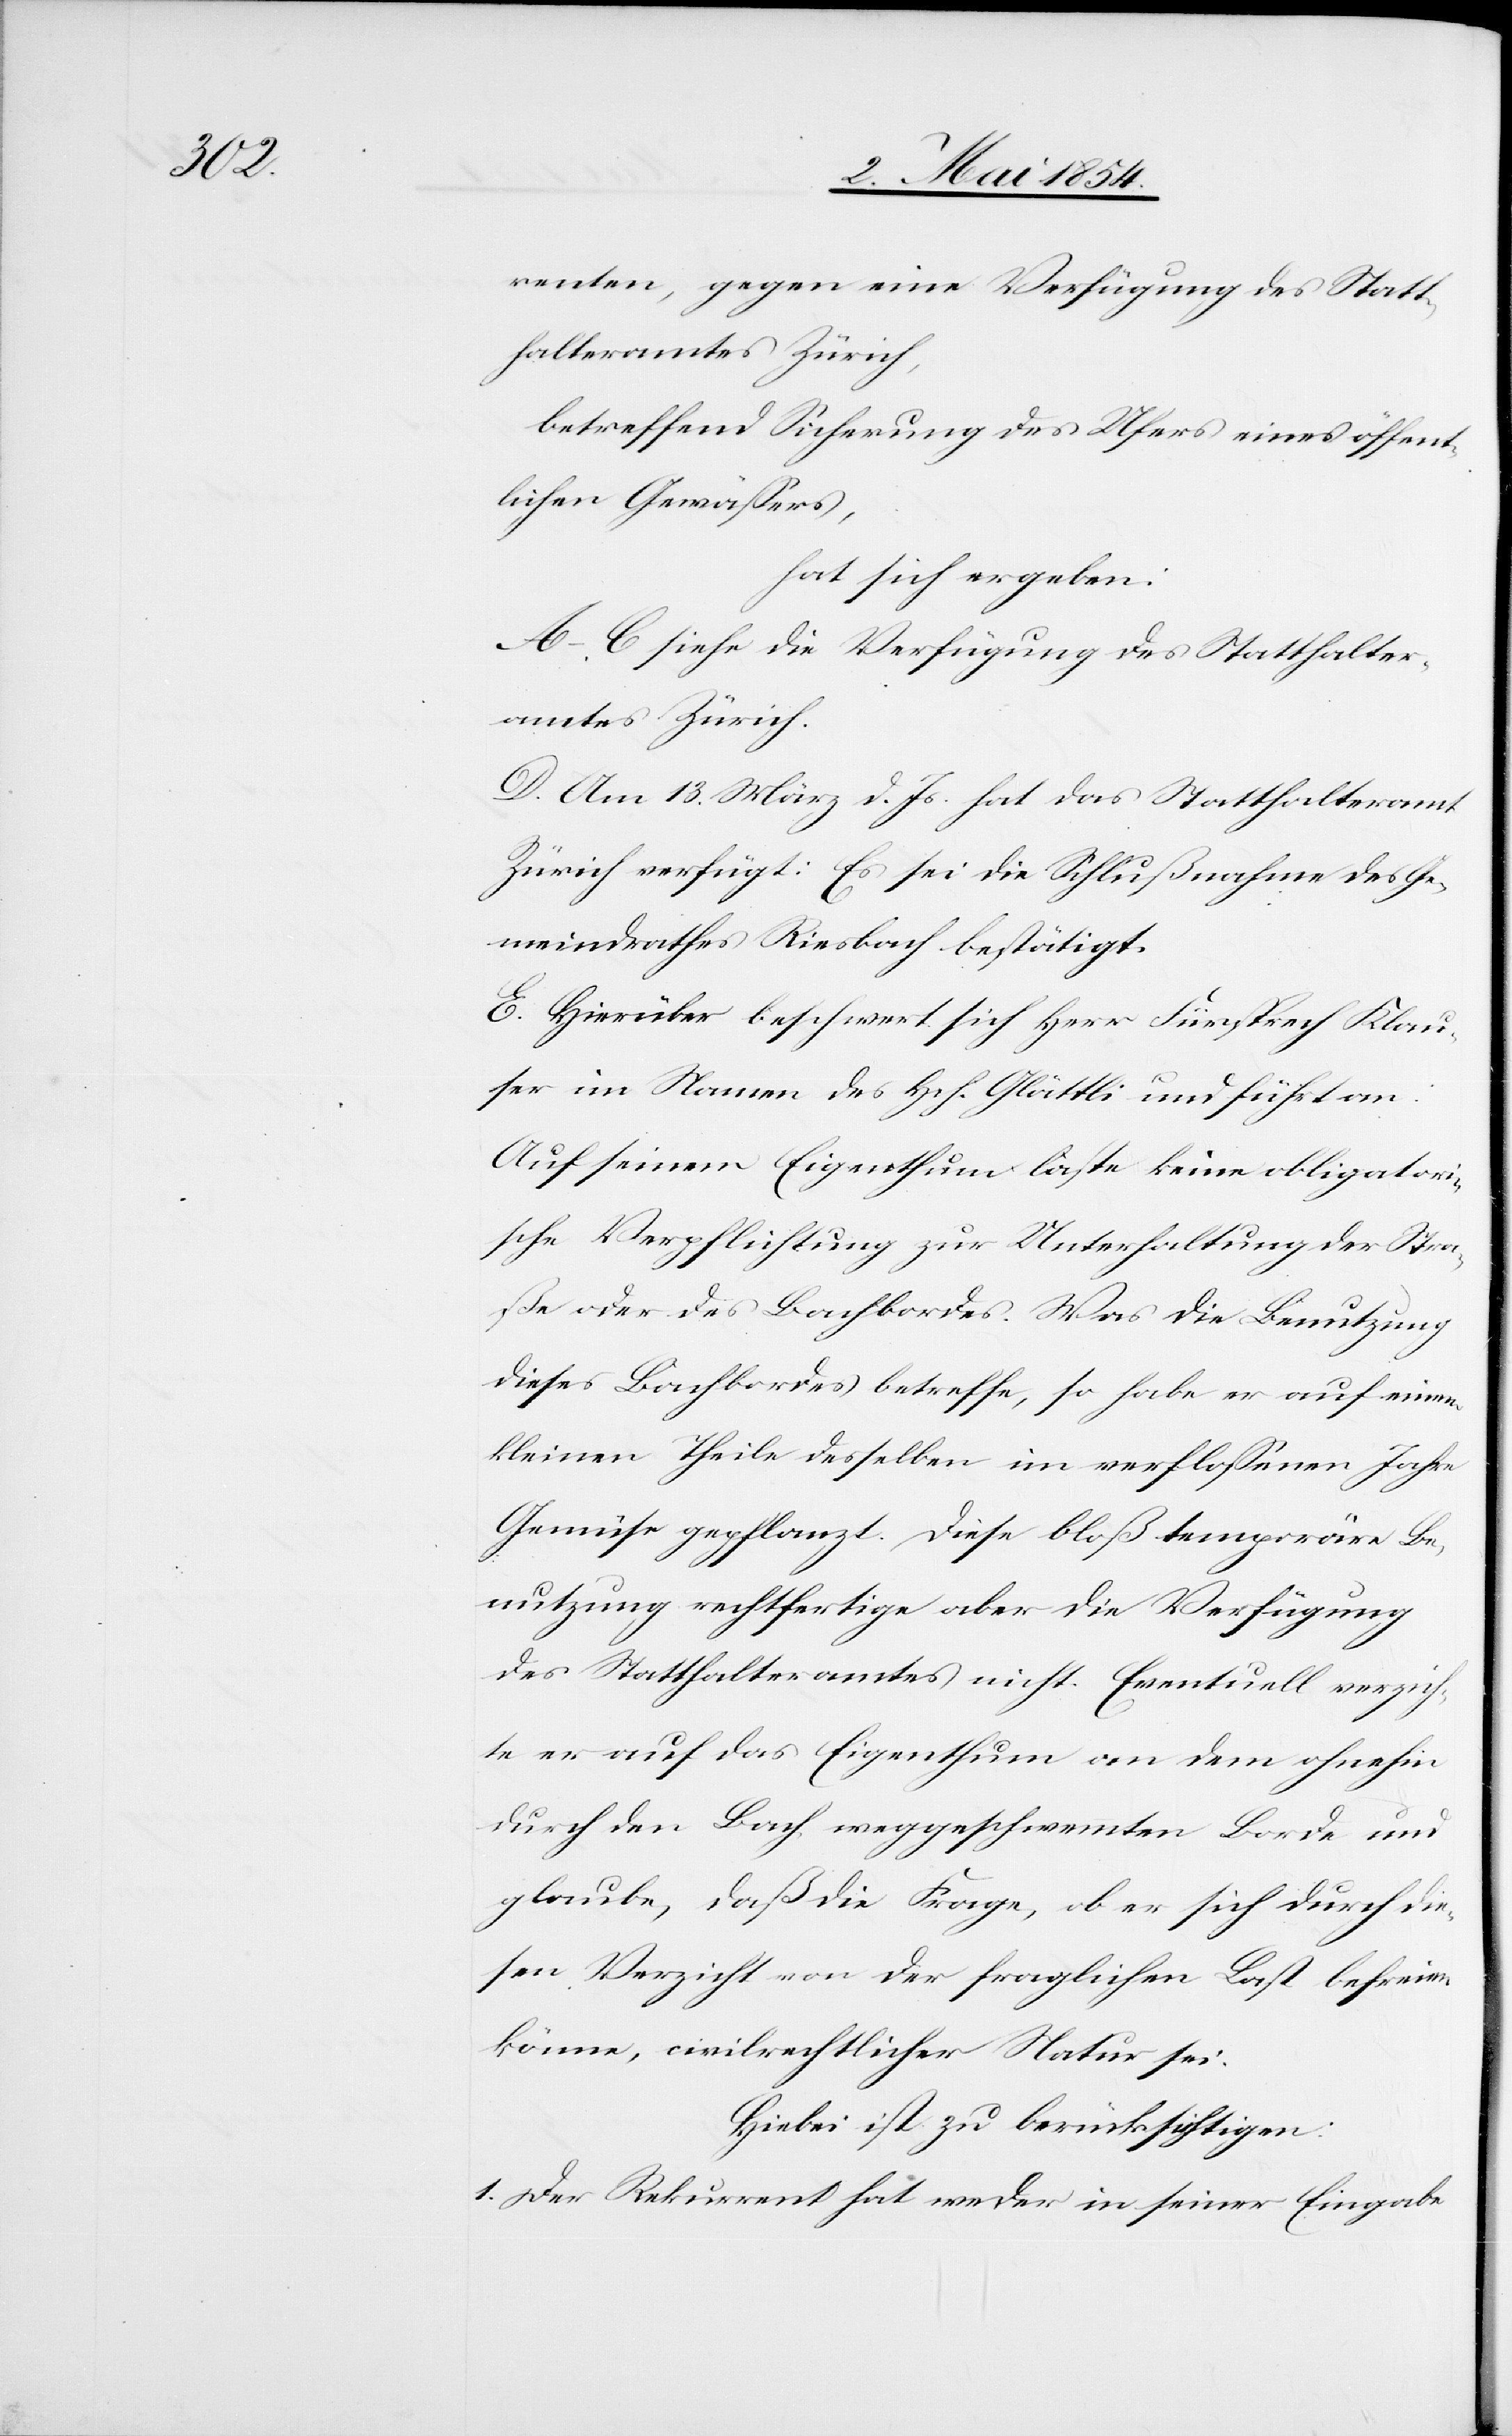
renten, gegen eine Verfügung des Statt¬
halteramtes Zürich,
betreffend Sicherung des Ufers eines öffent¬
lichen Gewäßers,
hat sich ergeben:
A.–C. siehe die Verfügung des Statthalter¬
amtes Zürich.
D. Am 13. März d. Js. hat das Statthalteramt
Zürich verfügt: Es sei die Schlußnahme des Ge¬
meindrathes Riesbach bestätigt.
E. Hierüber beschwert sich Herr Fürsprech Klau¬
ser im Namen des Hch. Glättli und führt an:
Auf seinem Eigenthum laste keine obligatori¬
sche Verpflichtung zur Unterhaltung der Stra¬
ße oder des Bachbordes. Was die Benutzung
dieses Bachbordes betreffe, so habe er auf einem
kleinen Theile desselben im verfloßenen Jahre
Gemüse gepflanzt. Diese bloß temporäre Be¬
nutzung rechtfertige aber die Verfügung
des Statthalteramtes nicht. Eventuell verzich¬
te er auf das Eigenthum an dem ohnehin
durch den Bach weggeschwemmten Borde und
glaube, daß die Frage, ob er sich durch die¬
sen Verzicht von der fraglichen Last befreien
könne, civilrechtlicher Natur sei.
Hiebei ist zu berücksichtigen:
1. Der Rekurrent hat weder in seiner Eingabe